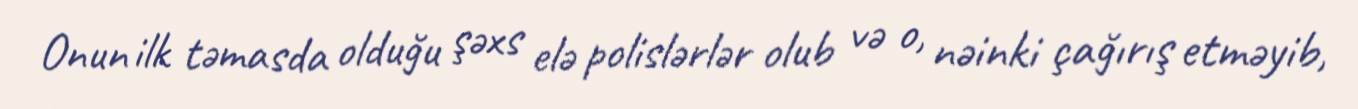
Onun ilk təmasda olduğu şəxs elə polislərlər olub və o, nəinki çağırış etməyib,